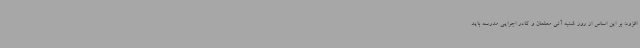
افزود: بر این اساس از روز شنبه آتی معلمان و کادر اجرایی مدرسه باید